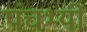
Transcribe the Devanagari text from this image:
पंचभ्यो